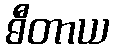
ဓီတာယ